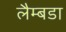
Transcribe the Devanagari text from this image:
लैम्बडा